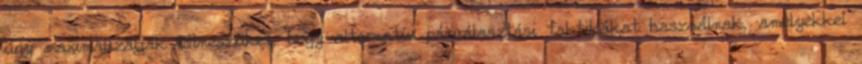
úgy maximalizálják ﬁtneszüket, hogy alternatív párválasztási taktikákat használnak, amelyekkel